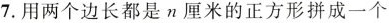
7.用两个边长都是n厘米的正方形拼成一个